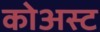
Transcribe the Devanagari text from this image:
कोअस्ट